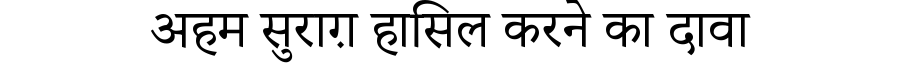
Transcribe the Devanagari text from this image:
अहम सुराग़ हासिल करने का दावा